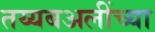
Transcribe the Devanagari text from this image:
तय्यबअलींच्या